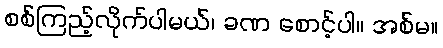
စစ်ကြည့်လိုက်ပါမယ်၊ ခဏ စောင့်ပါ။ အစ်မ။